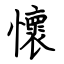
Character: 懷